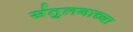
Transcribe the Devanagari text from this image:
संतुलनाच्या